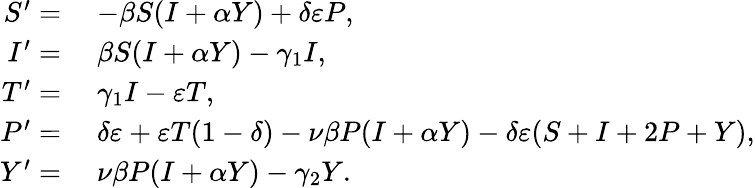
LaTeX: \begin{array}{rl}{S^{\prime}=}&{\; -\beta S(I+\alpha Y)+\delta\varepsilon P,}\\ {I^{\prime}=}&{\; \beta S(I+\alpha Y)-\gamma_{1}I,}\\ {T^{\prime}=}&{\; \gamma_{1}I-\varepsilon T,}\\ {P^{\prime}=}&{\; \delta\varepsilon+\varepsilon T(1-\delta)-\nu\beta P(I+\alpha Y)-\delta\varepsilon(S+I+2P+Y),}\\ {Y^{\prime}=}&{\; \nu\beta P(I+\alpha Y)-\gamma_{2}Y.}\end{array}